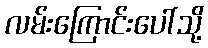
လမ်းကြောင်းပေါ်သို့